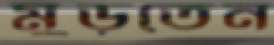
মুড়তেন